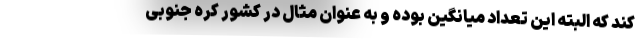
کند که البته این تعداد میانگین بوده و به عنوان مثال در کشور کره جنوبی